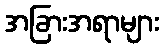
အခြားအရာများ